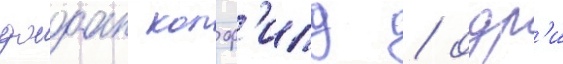
джоан колф'илд / одр'и